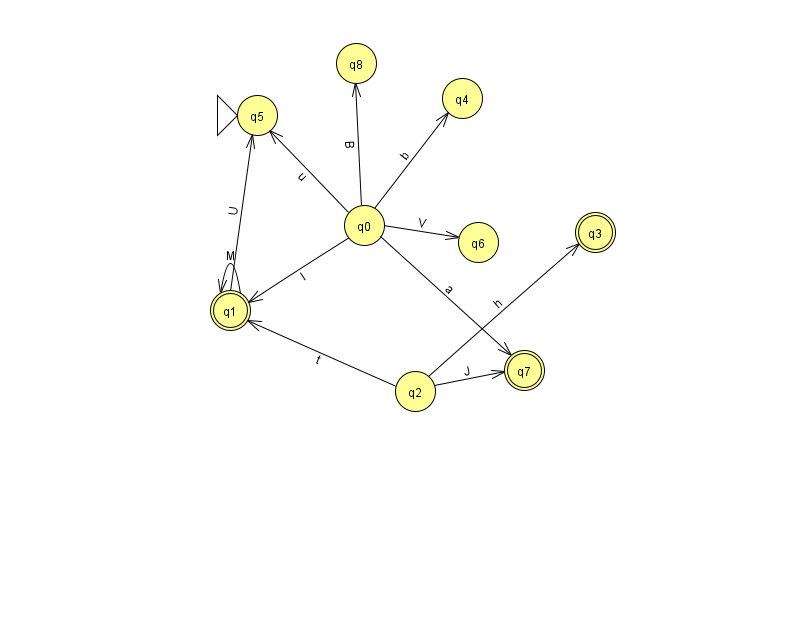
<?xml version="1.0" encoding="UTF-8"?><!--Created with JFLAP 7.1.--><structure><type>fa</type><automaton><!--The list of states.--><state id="0" name="q0"><x>364.0</x><y>212.0</y></state><state id="1" name="q1"><x>230.0</x><y>297.0</y><final/></state><state id="2" name="q2"><x>415.0</x><y>378.0</y></state><state id="3" name="q3"><x>595.0</x><y>219.0</y><final/></state><state id="4" name="q4"><x>462.0</x><y>85.0</y></state><state id="5" name="q5"><x>257.0</x><y>102.0</y><initial/></state><state id="6" name="q6"><x>478.0</x><y>229.0</y></state><state id="7" name="q7"><x>524.0</x><y>357.0</y><final/></state><state id="8" name="q8"><x>356.0</x><y>50.0</y></state><!--The list of transitions.--><transition><from>0</from><to>5</to><read>u</read></transition><transition><from>1</from><to>5</to><read>U</read></transition><transition><from>0</from><to>8</to><read>B</read></transition><transition><from>2</from><to>3</to><read>h</read></transition><transition><from>0</from><to>1</to><read>I</read></transition><transition><from>0</from><to>7</to><read>a</read></transition><transition><from>2</from><to>1</to><read>t</read></transition><transition><from>0</from><to>6</to><read>V</read></transition><transition><from>0</from><to>4</to><read>b</read></transition><transition><from>1</from><to>1</to><read>M</read></transition><transition><from>2</from><to>7</to><read>J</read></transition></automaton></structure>